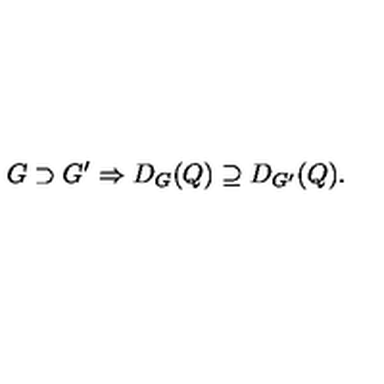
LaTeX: G \supset G ^ { \prime } \Rightarrow D _ { G } ( Q ) \supseteq D _ { G ^ { \prime } } ( Q ) .